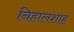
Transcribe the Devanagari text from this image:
निहालशाह